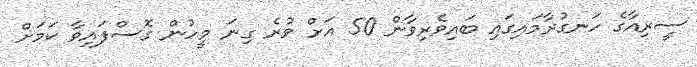
ސީރިއާގެ ހަނގުރާމައިގައި ބައިވެރިވާން 50 އަށް ވުރެ ގިނަ މީހުން ގޮސްފައިވާ ކަމަށް